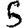
Digit: 5